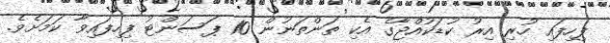
ފިހިފައި ހުރި އިރު ކުޑަކުއްޖާގެ އެކި ތަންތަނުން 10 ޕަސަންޓު ފިހިފައިވާ ކަމަށެވެ.